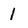
Character: 1